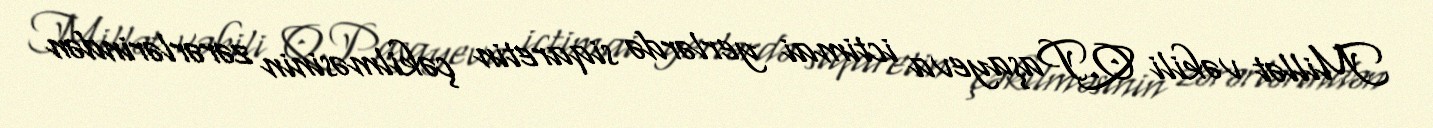
Millət vəkili Q.Paşayeva ictimai yerlərdə siqaretin çəkilməsinin zərərlərindən